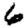
Digit: 6